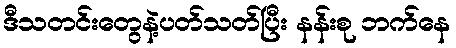
ဒီသတင်းတွေနဲ့ပတ်သတ်ပြီး နန်းစု ဘက်နေ